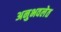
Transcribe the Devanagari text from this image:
अनुभवलेत